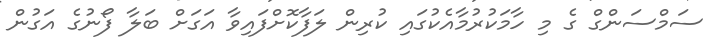
ސަމްސަންގް ގެ މި ހާމަކުރުމާއެކުގައި ކުރިން ލަފާކޮށްފައިވާ އަގަށް ބަލާ ފޯނުގެ އަގުން